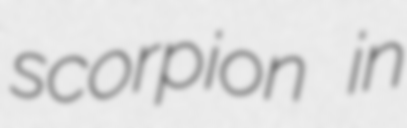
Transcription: scorpion in